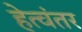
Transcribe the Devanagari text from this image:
हेत्वंतर